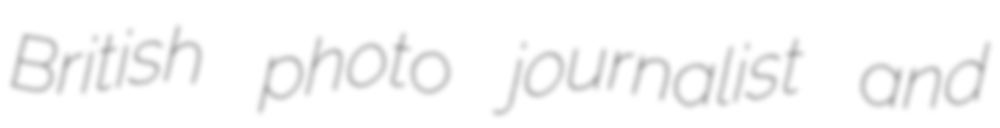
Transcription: British photo journalist and